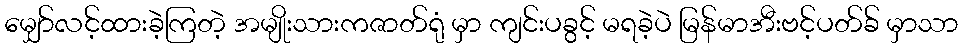
မျှော်လင့်ထားခဲ့ကြတဲ့ အမျိုးသားကဇာတ်ရုံ မှာ ကျင်းပခွင့် မရခဲ့ပဲ မြန်မာအီးဗင့်ပတ်ခ် မှာသာ